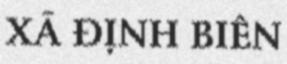
XÃ ĐỊNH BIÊN